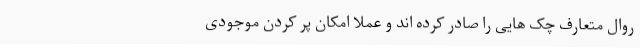
روال متعارف چک هایی را صادر کرده اند و عملاً امکان پر کردن موجودی